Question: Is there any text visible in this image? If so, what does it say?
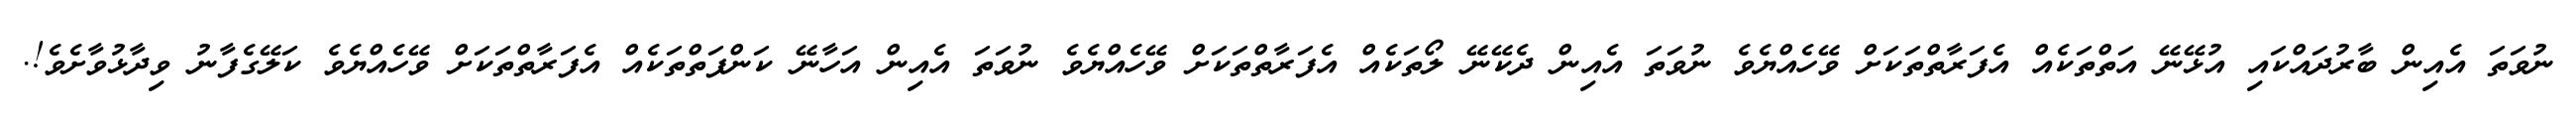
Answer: ނުވަތަ އެއިން ބާރުދައްކައި އުޅޭނޭ އަތްތަކެއް އެފަރާތްތަކަށް ވޭހެއްޔެވެ ނުވަތަ އެއިން ދެކޭނޭ ލޯތަކެއް އެފަރާތްތަކަށް ވޭހެއްޔެވެ ނުވަތަ އެއިން އަހާނޭ ކަންފަތްތަކެއް އެފަރާތްތަކަށް ވޭހެއްޔެވެ ކަލޭގެފާނު ވިދާޅުވާށެވެ!.